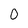
Character: 0